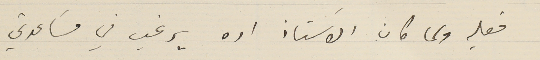
فعليه ولما كان الاسَتاذ اده يرغب في مسَاعدتي